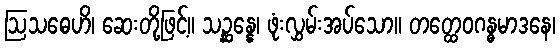
ဩသဓေဟိ၊ ဆေးတို့ဖြင့်။ သဉ္ဆန္နေ၊ ဖုံးလွှမ်းအပ်သော။ တတ္ထေဝဂန္ဓမာဒနေ၊